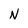
Character: N